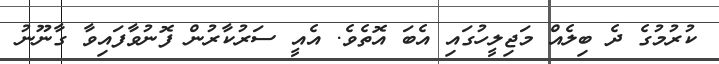
ކުރުމުގެ ދެ ބިލެއް މަޖިލީހުގައި އެބަ އޮތެވެ. އެއީ ސަރުކާރުން ފޮނުވާފައިވާ ގާނޫނު